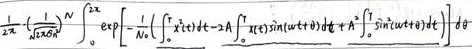
\[
\frac{1}{2\pi}\frac{1}{\sqrt{2\pi\sigma^2}}\int_{0}^{2\pi} \exp\left[ - \frac{1}{N}\left(\int_{0}^{T} x^{2}(t)dt - 2A\int_{0}^{T}x(t)\sin(\omega t+\theta)dt + A^{2}\int_{0}^{T}\sin^{2}(\omega t+\theta)dt\right)\right] d\theta
\]